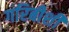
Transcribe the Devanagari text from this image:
गरिबीशी